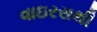
વાઇરસથી